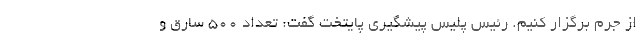
از جرم برگزار کنیم. رئیس پلیس پیشگیری پایتخت گفت: تعداد ۵۰۰ سارق و